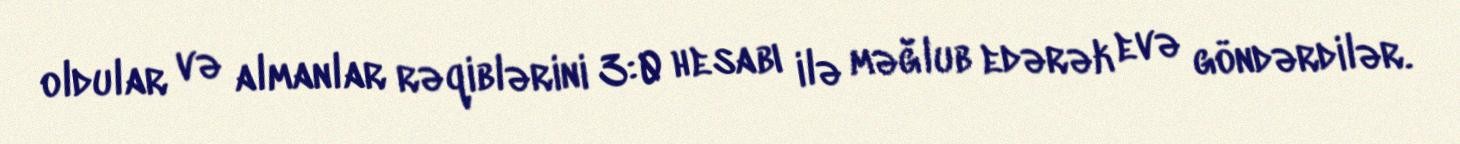
oldular və almanlar rəqiblərini 3:0 hesabı ilə məğlub edərək evə göndərdilər.